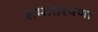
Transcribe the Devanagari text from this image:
समांतरपणा